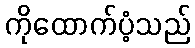
ကိုထောက်ပံ့သည်